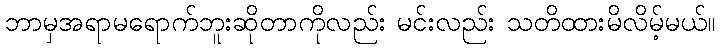
ဘာမှအရာမရောက်ဘူးဆိုတာကိုလည်း မင်းလည်း သတိထားမိလိမ့်မယ်။